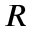
R